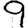
Digit: 9